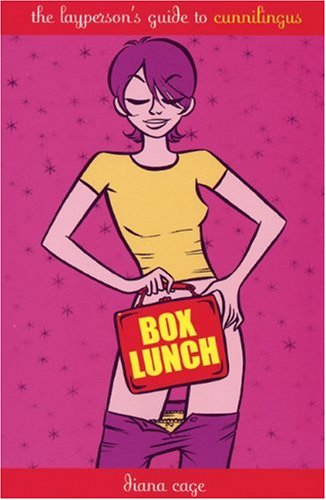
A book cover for Box Lunch: The Layperson's Guide to Cunnilingus; Diana Cage; Gay & Lesbian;